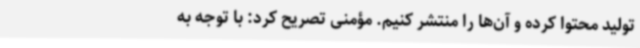
تولید محتوا کرده و آن‌ها را منتشر کنیم. مؤمنی تصریح کرد: با توجه به